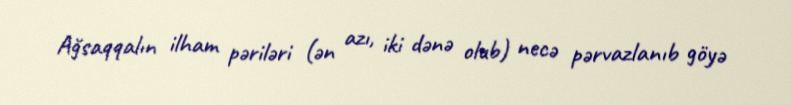
Ağsaqqalın ilham pəriləri (ən azı, iki dənə olub) necə pərvazlanıb göyə